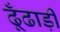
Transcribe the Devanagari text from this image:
ढूँढाड़ी